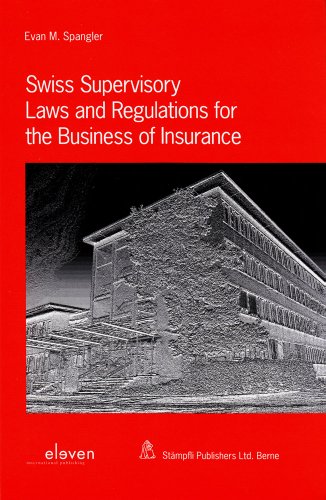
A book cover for Swiss Supervisory Laws and Regulations for the Business of Insurance; Evan M. Spangler; Law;